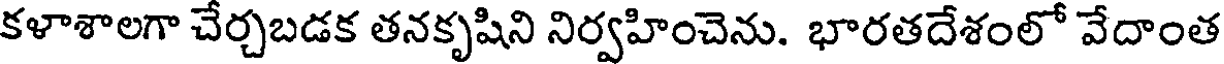
కళాశాలగా చేర్చబడక తనకృషిని నిర్వహించెను. భారతదేశంలో వేదాంత